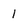
Character: 1